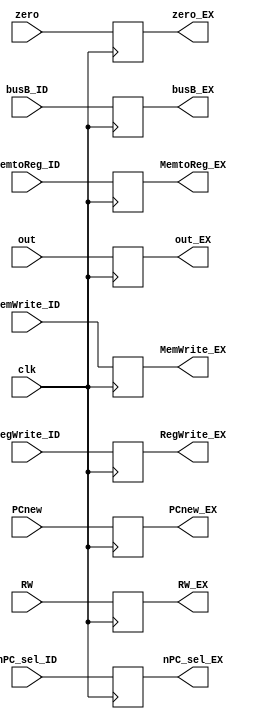
module EX_MEM_flipflop(input [31:0]PCnew,out,busB_ID,
input [4:0]RW,
input clk,zero,nPC_sel_ID,MemWrite_ID,MemtoReg_ID,RegWrite_ID,
output reg[31:0]PCnew_EX,out_EX,busB_EX,
output reg[4:0]RW_EX,
output reg zero_EX,nPC_sel_EX,MemWrite_EX,MemtoReg_EX,RegWrite_EX);
always@(posedge clk)begin
	PCnew_EX=PCnew;
	out_EX=out;
	busB_EX=busB_ID;
	
	RW_EX=RW;
	
	zero_EX=zero;
	nPC_sel_EX=nPC_sel_ID;
	MemWrite_EX=MemWrite_ID;
	MemtoReg_EX=MemtoReg_ID;
	RegWrite_EX=RegWrite_ID;
end
endmodule